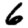
Digit: 6